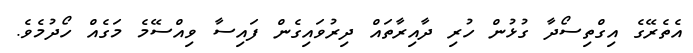
އެތެރޭގެ އިގްތިސޯދާ ގުޅުން ހުރި ދާއިރާތައް ދިރުވައިގެން ފައިސާ ވިއްސޭމެ މަގެއް ހޯދުމެވެ.